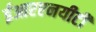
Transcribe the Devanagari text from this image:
ईआरएनयीटी